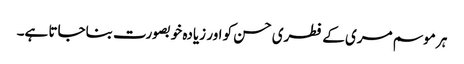
ہر موسم مری کے فطری حسن کو اور زیادہ خوبصورت بناجاتا ہے۔